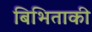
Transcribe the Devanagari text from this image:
बिभिताकी